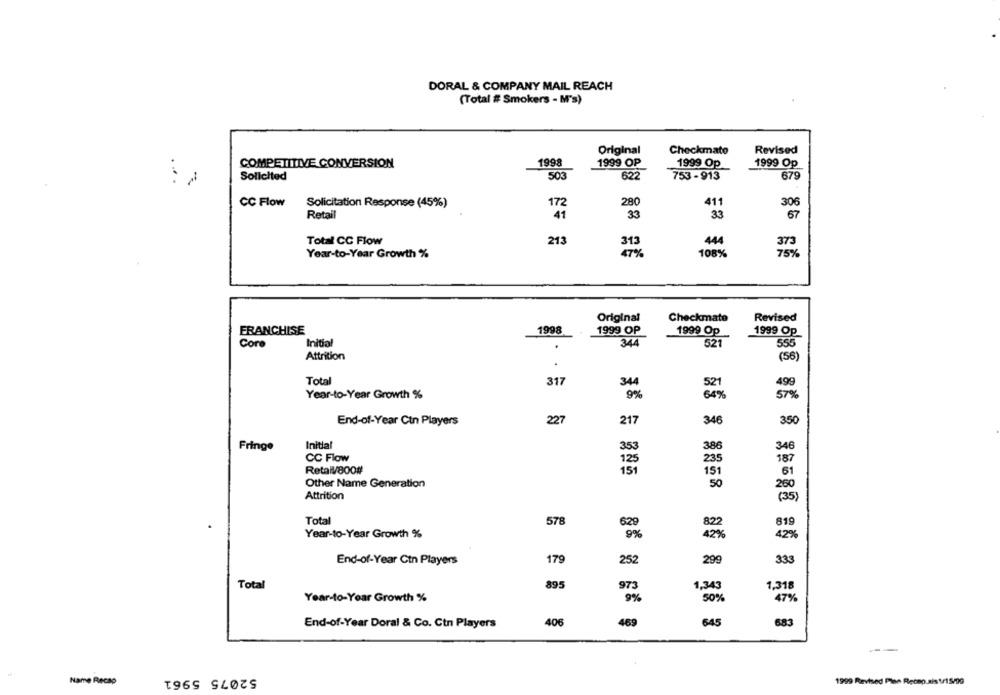
DORAL & COMPANY MAIL REACH
(Total # Smokers - M's)
Original
Checkmato
Revised
COMPETITIVE CONVERSION
1998
1999 OP
1999 Op
1999 Op
Solicited
503
622
753-913
679
CC Flow
280
411
Solicitation Response (45%)
172
306
Retail
41
33
33
67
Total CC Flow
213
444
373
313
Year-to-Year Growth %
47%
108%
75%
Original
Checkmate
Revised
FRANCHISE
1998
1999 OP
1999 Op
1999 Op
Initial
Core
344
521
550
Attrition
(56)
Total
317
499
344
521
Year-to-Year Growth %
9%
64%
57%
End-of-Year Ctn Players
227
217
346
350
Initial
Fringe
353
386
346
CC Flow
125
235
187
Retail/800#
151
Other Name Generation
50
260
Attrition
(35)
Total
578
819
Year-to-Year Growth %
42%
42%
End-of-Year Ctn Players
179
252
299
333
Total
895
973
1,343
1.318
Year-to-Year Growth %
9%
50%
47%
End-of-Year Doral & Co. Ctn Players
406
469
645
683
--
52075 5961
Name Recap
1999 Revised Plese Recep.sis 1/15/99